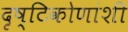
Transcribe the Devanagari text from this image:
दृष्टिकोणांशी